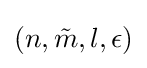
(n,{\tilde {m}},l,\epsilon )